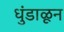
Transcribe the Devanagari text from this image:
धुंडाळून